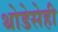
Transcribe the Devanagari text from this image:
थोडेसेही